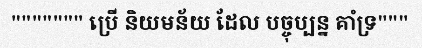
""""""" ប្រើ និយមន័យ ដែល បច្ចុប្បន្ន គាំទ្រ"""